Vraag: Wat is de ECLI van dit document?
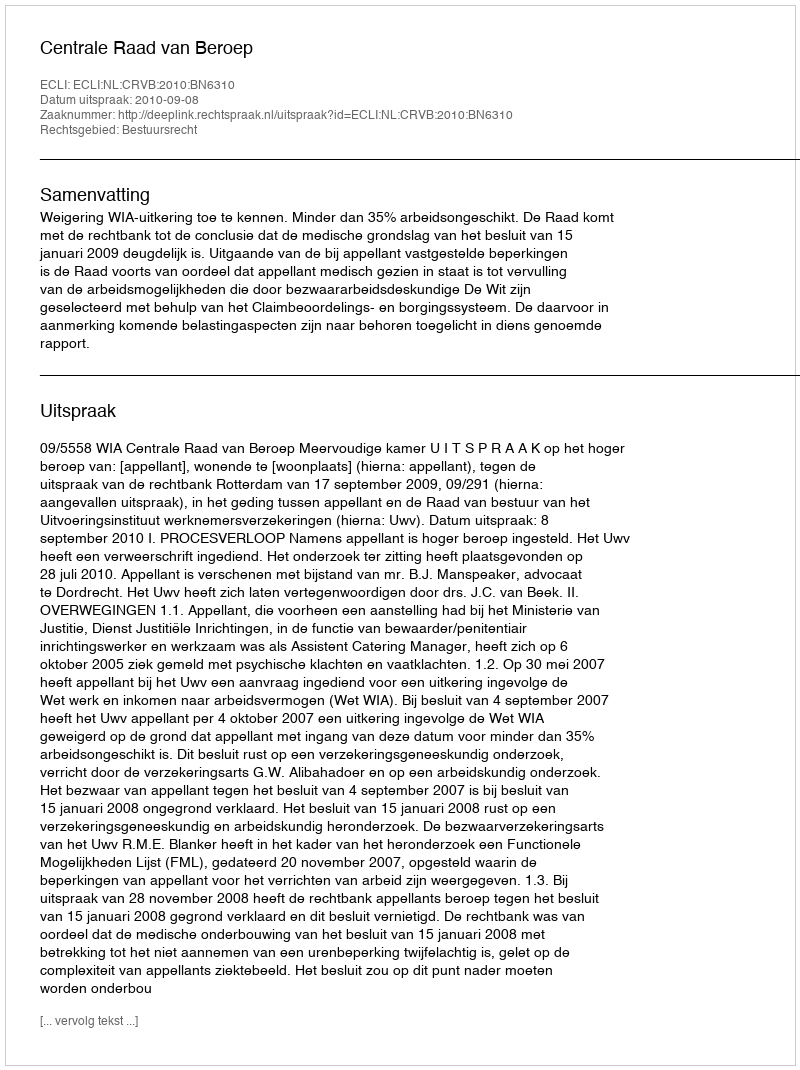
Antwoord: ECLI:NL:CRVB:2010:BN6310